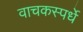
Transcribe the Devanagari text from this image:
वाचकस्पर्धे